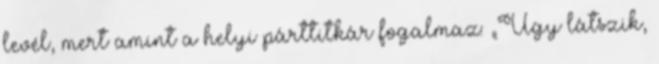
levél, mert amint a helyi párttitkár fogalmaz: „Úgy látszik,